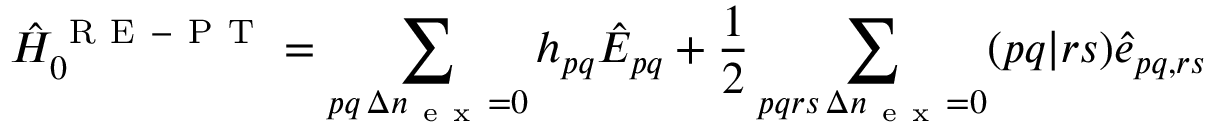
\hat { H } _ { 0 } ^ { \mathrm { ~ R ~ E ~ - ~ P ~ T ~ } } = \sum _ { \substack { p q \, \Delta n _ { \mathrm { ~ e ~ x ~ } } = 0 } } h _ { p q } \hat { E } _ { p q } + \frac { 1 } { 2 } \sum _ { \substack { p q r s \, \Delta n _ { \mathrm { ~ e ~ x ~ } } = 0 } } ( p q | r s ) \hat { e } _ { p q , r s }